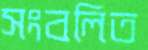
সংবলিত